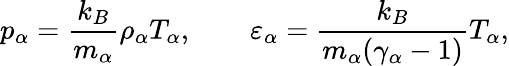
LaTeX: p_{\alpha}=\frac{k_{B}}{m_{\alpha}}\rho_{\alpha}T_{\alpha},\qquad\varepsilon_{\alpha}=\frac{k_{B}}{m_{\alpha}(\gamma_{\alpha}-1)}T_{\alpha},